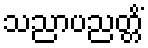
သညာပညတ္တိံ